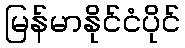
မြန်မာနိုင်ငံပိုင်